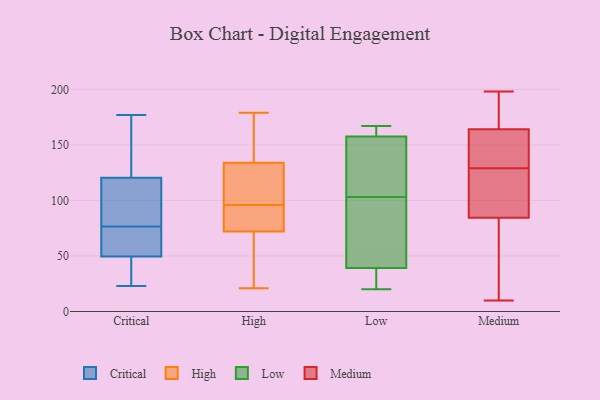
{"axis": {"x": "Operating Costs (USD K)", "y": "Value"}, "legend": ["Critical", "High", "Low", "Medium"], "data": [{"x": "", "y": 71, "type": "Critical"}, {"x": "", "y": 53, "type": "Critical"}, {"x": "", "y": 150, "type": "Critical"}, {"x": "", "y": 80, "type": "Critical"}, {"x": "", "y": 71, "type": "Critical"}, {"x": "", "y": 35, "type": "Critical"}, {"x": "", "y": 137, "type": "Critical"}, {"x": "", "y": 35, "type": "Critical"}, {"x": "", "y": 166, "type": "Critical"}, {"x": "", "y": 177, "type": "Critical"}, {"x": "", "y": 77, "type": "Critical"}, {"x": "", "y": 46, "type": "Critical"}, {"x": "", "y": 23, "type": "Critical"}, {"x": "", "y": 167, "type": "Critical"}, {"x": "", "y": 104, "type": "Critical"}, {"x": "", "y": 91, "type": "Critical"}, {"x": "", "y": 43, "type": "Critical"}, {"x": "", "y": 76, "type": "Critical"}, {"x": "", "y": 82, "type": "Critical"}, {"x": "", "y": 71, "type": "Critical"}, {"x": "", "y": 87, "type": "High"}, {"x": "", "y": 128, "type": "High"}, {"x": "", "y": 179, "type": "High"}, {"x": "", "y": 55, "type": "High"}, {"x": "", "y": 60, "type": "High"}, {"x": "", "y": 91, "type": "High"}, {"x": "", "y": 118, "type": "High"}, {"x": "", "y": 101, "type": "High"}, {"x": "", "y": 72, "type": "High"}, {"x": "", "y": 134, "type": "High"}, {"x": "", "y": 45, "type": "High"}, {"x": "", "y": 152, "type": "High"}, {"x": "", "y": 105, "type": "High"}, {"x": "", "y": 143, "type": "High"}, {"x": "", "y": 73, "type": "High"}, {"x": "", "y": 21, "type": "High"}, {"x": "", "y": 83, "type": "High"}, {"x": "", "y": 151, "type": "High"}, {"x": "", "y": 160, "type": "Low"}, {"x": "", "y": 162, "type": "Low"}, {"x": "", "y": 167, "type": "Low"}, {"x": "", "y": 37, "type": "Low"}, {"x": "", "y": 103, "type": "Low"}, {"x": "", "y": 94, "type": "Low"}, {"x": "", "y": 46, "type": "Low"}, {"x": "", "y": 149, "type": "Low"}, {"x": "", "y": 20, "type": "Low"}, {"x": "", "y": 150, "type": "Low"}, {"x": "", "y": 25, "type": "Low"}, {"x": "", "y": 55, "type": "Medium"}, {"x": "", "y": 150, "type": "Medium"}, {"x": "", "y": 100, "type": "Medium"}, {"x": "", "y": 184, "type": "Medium"}, {"x": "", "y": 10, "type": "Medium"}, {"x": "", "y": 198, "type": "Medium"}, {"x": "", "y": 94, "type": "Medium"}, {"x": "", "y": 159, "type": "Medium"}, {"x": "", "y": 75, "type": "Medium"}, {"x": "", "y": 108, "type": "Medium"}, {"x": "", "y": 169, "type": "Medium"}, {"x": "", "y": 159, "type": "Medium"}]}